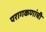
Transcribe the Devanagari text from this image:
परागकणांची